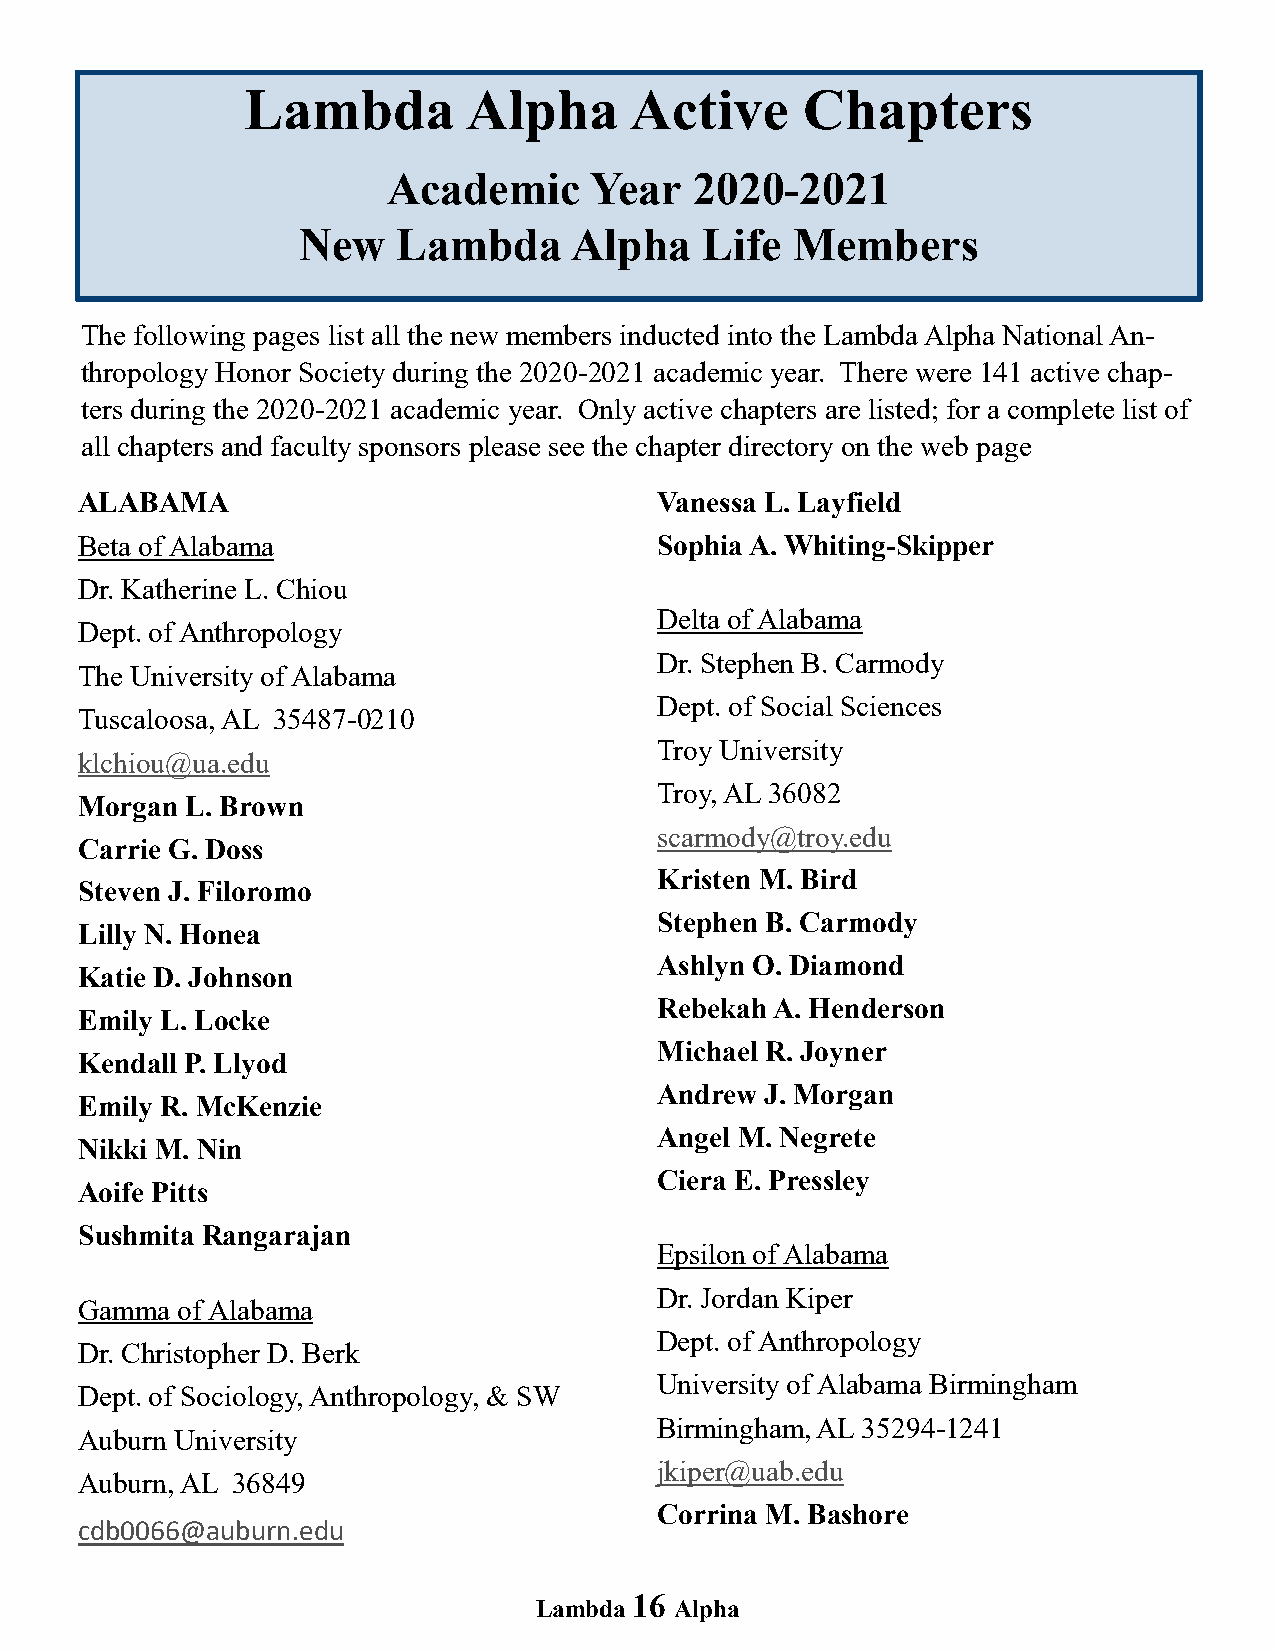
Lambda         Alpha      Active     Chapters
 Academic     Year   2020-2021
 New   Lambda      Alpha    Life Members
 The following pages list all the new members inducted into the Lambda Alpha National An-
 thropology Honor Society during the 2020-2021 academic year. There were 141 active chap-
 ters during the 2020-2021 academic year. Only active chapters are listed; for a complete list of
 all chapters and faculty sponsors please see the chapter directory on the web page
 ALABAMA                                Vanessa L. Layfield
 Beta of Alabama                        Sophia A. Whiting-Skipper
 Dr. Katherine L. Chiou
 Delta of Alabama
 Dept. of Anthropology
 Dr. Stephen B. Carmody
 The University of Alabama
 Dept. of Social Sciences
 Tuscaloosa, AL 35487-0210
 Troy University
 klchiou@ua.edu
 Troy, AL 36082
 Morgan L. Brown
 scarmody@troy.edu
 Carrie G. Doss
 Kristen M. Bird
 Steven J. Filoromo
 Stephen B. Carmody
 Lilly N. Honea
 Ashlyn O. Diamond
 Katie D. Johnson
 Rebekah A. Henderson
 Emily L. Locke
 Michael R. Joyner
 Kendall P. Llyod
 Andrew J. Morgan
 Emily R. McKenzie
 Angel M. Negrete
 Nikki M. Nin
 Ciera E. Pressley
 Aoife Pitts
 Sushmita Rangarajan
 Epsilon of Alabama
 Dr. Jordan Kiper
 Gamma  of Alabama
 Dept. of Anthropology
 Dr. Christopher D. Berk
 University of Alabama Birmingham
 Dept. of Sociology, Anthropology, & SW
 Birmingham, AL 35294-1241
 Auburn University
 jkiper@uab.edu
 Auburn, AL 36849
 Corrina M. Bashore
 cdb0066@auburn.edu
 16
 Lambda    Alpha